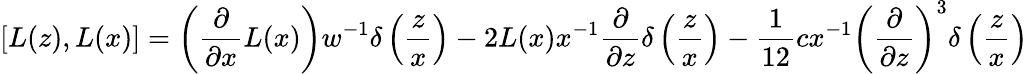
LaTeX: [L(z),L(x)]=\left({\frac{\partial}{\partial x}}L(x)\right)w^{-1}\delta\left({\frac{z}{x}}\right)-2L(x)x^{-1}{\frac{\partial}{\partial z}}\delta\left({\frac{z}{x}}\right)-{\frac{1}{12}}cx^{-1}\left({\frac{\partial}{\partial z}}\right)^{3}\delta\left({\frac{z}{x}}\right)